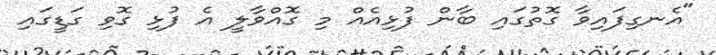
"އެނގިފައިވާ ގޮތުގައި ބާން ފުޅިއެއް މި ގޮއްވާލީ އެ ފުޅި ގޮވި ގަޑީގައި